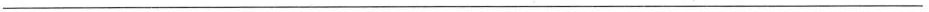
___